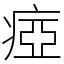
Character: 瘂